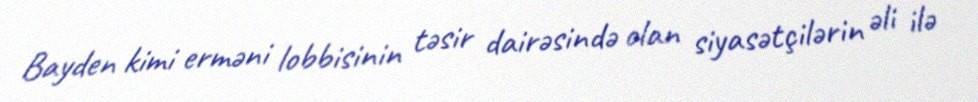
Bayden kimi erməni lobbisinin təsir dairəsində olan siyasətçilərin əli ilə